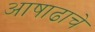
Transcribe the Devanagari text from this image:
आषाढाचे